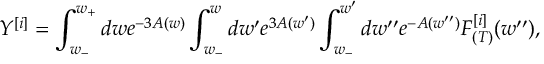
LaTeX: Y ^ { [ i ] } = \int _ { w _ { - } } ^ { w _ { + } } d w e ^ { - 3 A ( w ) } \int _ { w _ { - } } ^ { w } d w ^ { \prime } e ^ { 3 A ( w ^ { \prime } ) } \int _ { w _ { - } } ^ { w ^ { \prime } } d w ^ { \prime \prime } e ^ { - A ( w ^ { \prime \prime } ) } F _ { ( T ) } ^ { [ i ] } ( w ^ { \prime \prime } ) ,